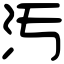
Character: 汚